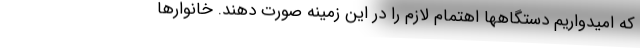
که امیدواریم دستگاهها اهتمام لازم را در این زمینه صورت دهند. خانوارها